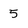
Character: 5